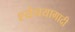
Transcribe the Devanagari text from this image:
श्येनयागादी